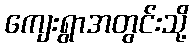
ကျေးရွာအတွင်းသို့